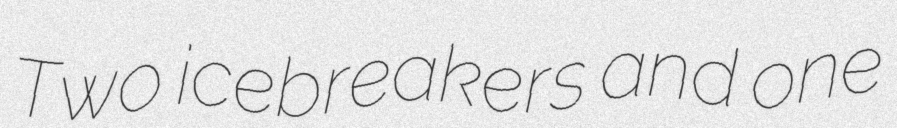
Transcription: Two icebreakers and one